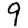
Digit: 9